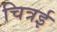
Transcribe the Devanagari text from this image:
चित्रई